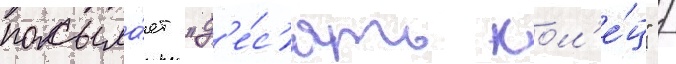
посыла́ет "д'е́с'ять кол'е́ц" /